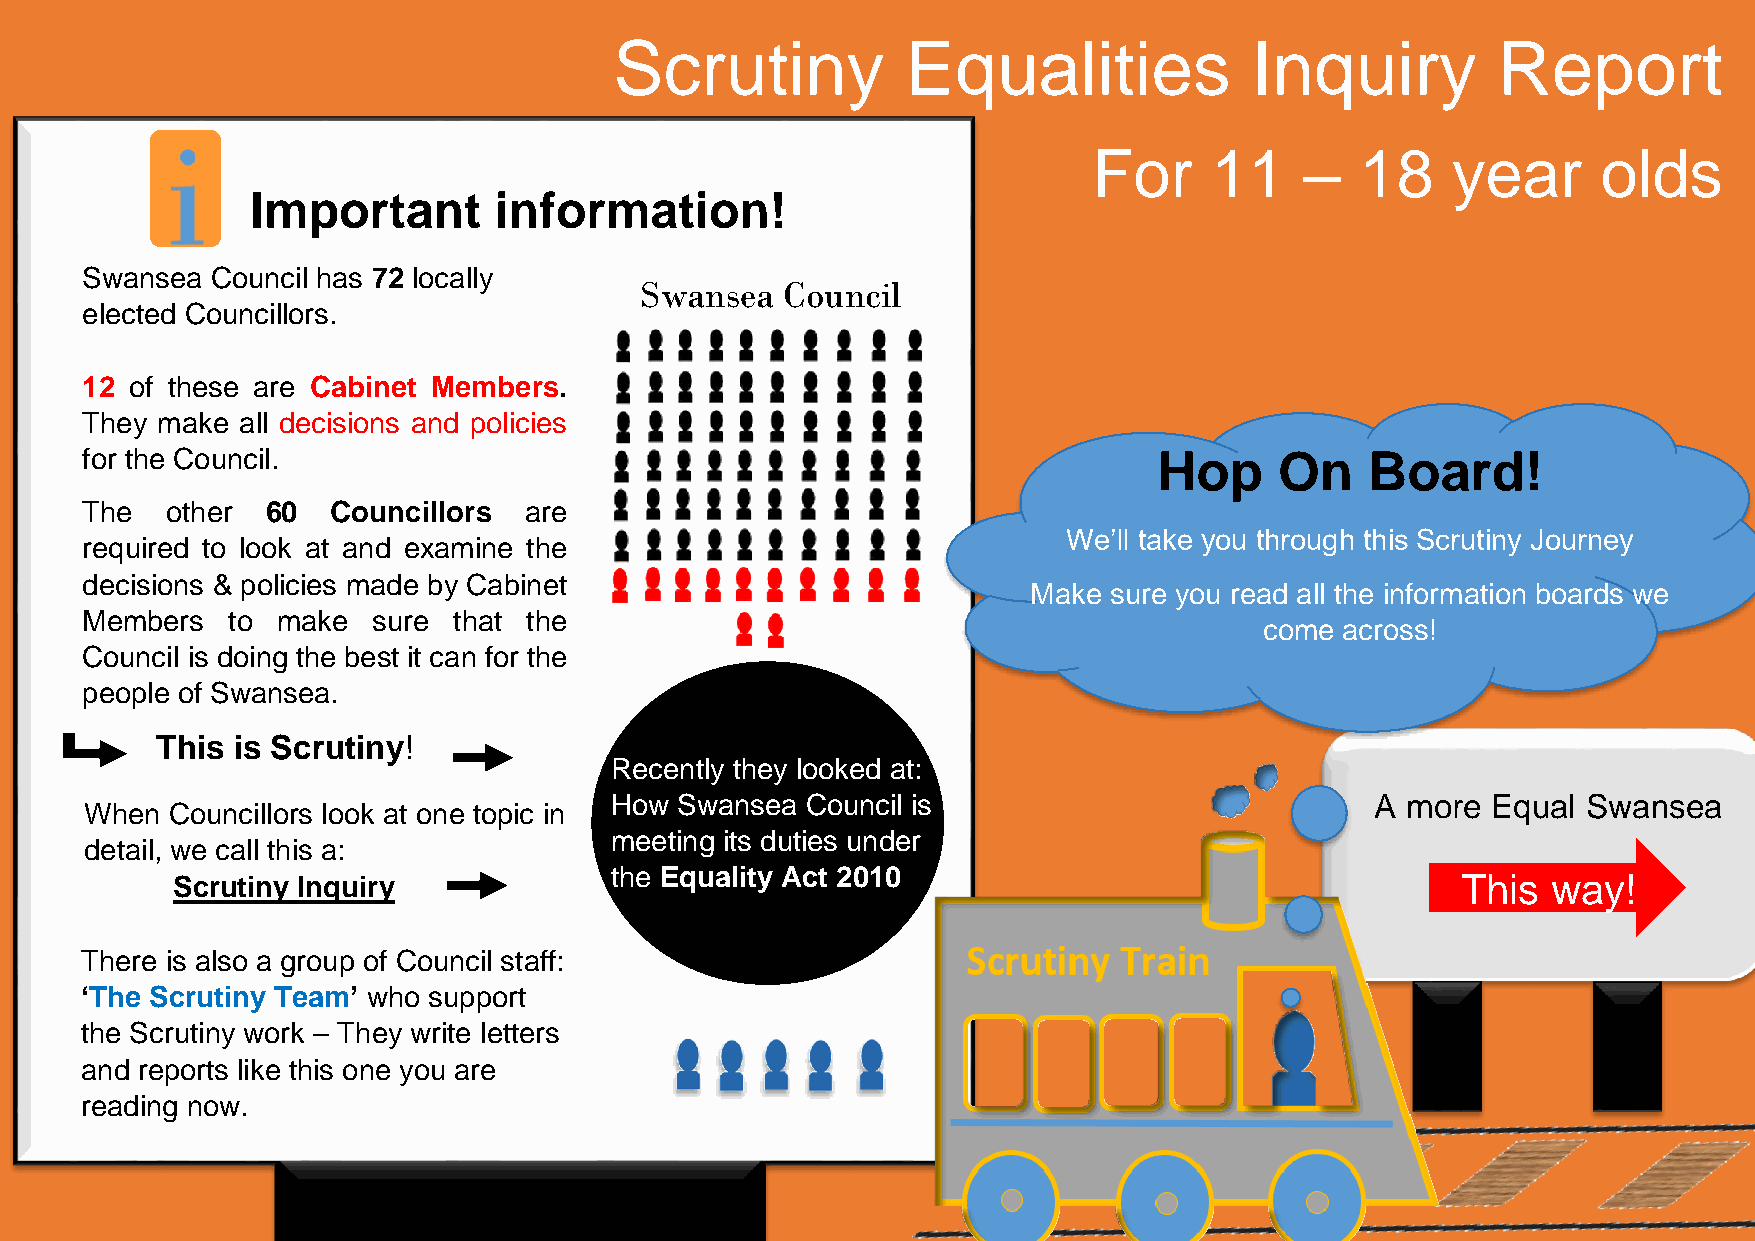
Scrutiny           Equalities             Inquiry         Report
 For     11    –   18    year      olds
 Im por   tan  t in for ma   tion  !
 Swansea  Council has 72 locally
 Sw anse a Cou ncil
 electe d Cou ncillo rs.
 12  of these are Cabinet Members.
 They make  all decisions and policies
 for the Council.                                                        Hop     On    Board!
 The   other  60  Councillors  are
 We’ll take you through this Scrutiny Journey
 requir ed to look at and examine the
 decisions & policies made by Cabinet
 Make sure you read all the information boards we
 Members   to make   sure that the
 come across!
 Council is doing the best it can for the
 peopl e of Swansea.
 This is Scr utiny!
 Recently they looked at:
 How  Swansea Council is                            A more  Equal Swansea
 When Councillors look at one topic in
 meeting its duties under
 detail, we call this a:
 the Equality Act 2010
 Scrutiny Inquiry                                                                      This  way!
 There is also a group of Council staff:
 ‘The Scrutiny Team’ who support
 the Scrutiny work – They write letters
 and reports like this one you are
 reading now.